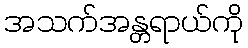
အသက်အန္တရာယ်ကို